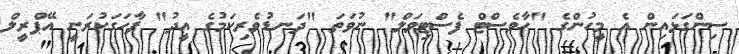
ސިންގަޅައިން އެ މީހުންގެ "ހާވެސްޓް ފެސްޓިވަލް" ނުވަތަ "ދަނޑުވެރިކަމުގެ އީދު" ފާހަގަކުރަނީ އޭޕްރީލް